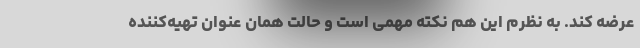
عرضه کند. به نظرم این هم نکته مهمی است و حالت همان عنوان تهیه‌کننده